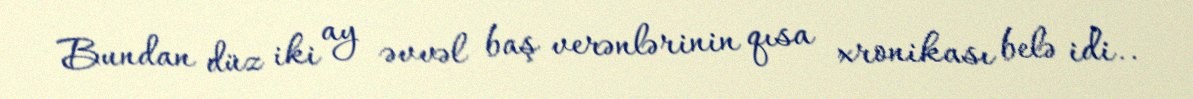
Bundan düz iki ay əvvəl baş verənlərinin qısa xronikası belə idi..